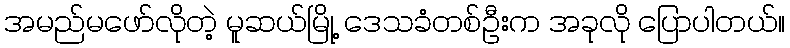
အမည်မဖော်လိုတဲ့ မူဆယ်မြို့ ဒေသခံတစ်ဦးက အခုလို ပြောပါတယ်။